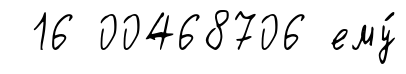
16 00468706 ему́